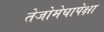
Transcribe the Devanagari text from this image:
तेजोमेघापेक्षा